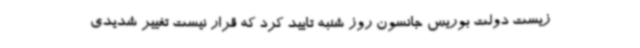
زیست دولت بوریس جانسون روز شنبه تایید کرد که قرار نیست تغییر شدیدی